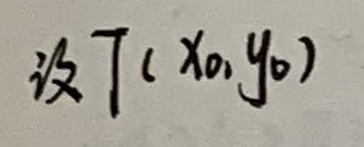
设 \(T(x_0,y_0)\)